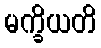
မက္ခိယတိ